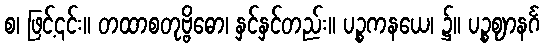
စ၊ ဖြင့်၎င်း။ တထာစတုဗ္ဗိဓော၊ နှင်နှင်တည်း။ ပဉ္စကနယေ၊ ၌။ ပဉ္စဈာနင်္ဂ